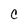
Character: C